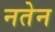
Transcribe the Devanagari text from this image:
नतेन